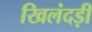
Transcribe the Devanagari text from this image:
खिलंदड़ी